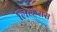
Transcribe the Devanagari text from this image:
लिव्हरास